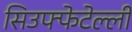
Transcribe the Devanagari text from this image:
सिउफ्फेटेल्ली